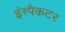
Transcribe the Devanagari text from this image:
इंस्पैकटर